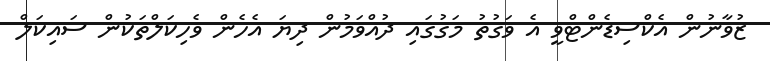
ޒުވާނުން އެކްސިޑެންޓްވީ އެ ވަގުތު މަގުގައި ދުއްވަމުން ދިޔަ އެހެން ވެހިކަލްތަކުން ސައިކަލް